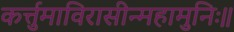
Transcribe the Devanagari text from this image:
कर्त्तुमाविरासीन्महामुनिः॥